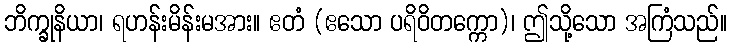
ဘိက္ခုနိယာ၊ ရဟန်းမိန်းမအား။ ဧတံ (ဧသော ပရိဝိတက္ကော)၊ ဤသို့သော အကြံသည်။